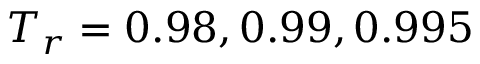
T _ { r } = 0 . 9 8 , 0 . 9 9 , 0 . 9 9 5